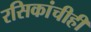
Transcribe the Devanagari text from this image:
रसिकांचीही